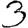
Digit: 3